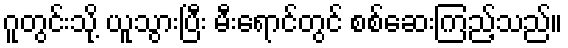
ဂူတွင်းသို့ ယူသွားပြီး မီးရောင်တွင် စစ်ဆေးကြည့်သည်။